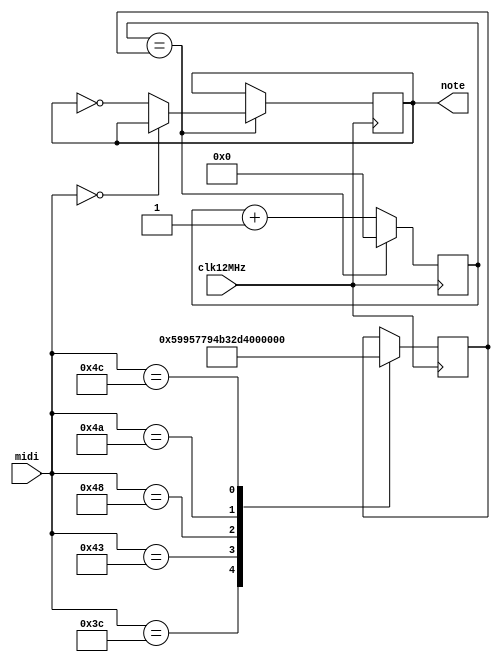
/*
 *  
 *  Copyright(C) 2018 Gerald Coe, Devantech Ltd <gerry@devantech.co.uk>
 * 
 *  Permission to use, copy, modify, and/or distribute this software for any purpose with or
 *  without fee is hereby granted, provided that the above copyright notice and 
 *  this permission notice appear in all copies.
 * 
 *  THE SOFTWARE IS PROVIDED "AS IS" AND THE AUTHOR DISCLAIMS ALL WARRANTIES WITH REGARD TO
 *  THIS SOFTWARE INCLUDING ALL IMPLIED WARRANTIES OF MERCHANTABILITY AND FITNESS. 
 *  IN NO EVENT SHALL THE AUTHOR BE LIABLE FOR ANY SPECIAL, DIRECT, INDIRECT, OR CONSEQUENTIAL 
 *  DAMAGES OR ANY DAMAGES WHATSOEVER RESULTING FROM LOSS OF USE, DATA OR PROFITS, WHETHER IN
 *  AN ACTION OF CONTRACT, NEGLIGENCE OR OTHER TORTIOUS ACTION, ARISING OUT OF OR IN 
 *  CONNECTION WITH THE USE OR PERFORMANCE OF THIS SOFTWARE.
 * 
 */
 
// LedScan takes the four led columns as inputs and outputs them to the led matrix

module Music (
	input clk12MHz, 
	input [7:0] midi,		
	output reg note
	);

	reg [14:0] notetime;		// = 22933;

// Timer register */
    reg [14:0] timer = 15'b0;
	
// increment the note timer
    always @ (posedge clk12MHz) begin
    	if (timer==notetime) begin
    		timer <= 15'b0;
    		if(midi[7:0]==0) note <= note;
    		else note <= !note;
    		end
    	else timer <= timer + 1;
    end


	always @ (posedge clk12MHz) begin
		notetime <= notetime;
		case (midi[7:0])
			8'd60: notetime <= 22933;	// C  C4
			8'd67: notetime <= 15306;	// G  G4
			8'd72: notetime <= 11467;	// c  C5
			8'd74: notetime <= 10216;	// d  D5
			8'd76: notetime <= 9101;	// e  E5
		endcase
	end
	
endmodule



module CloseEncounters (
	input clkNote, 
	input key,
	output reg [7:0] midi
	);	

	reg [2:0] state = 3'b000;
	
	always @ (posedge clkNote) begin
		case (state)
			3'b000:	
				begin
					midi[7:0] <= 0;
					if(key==0) state <= 3'b001;
					else state <= 3'b000;
				end
			3'b001:
				begin
					midi[7:0] <= 74;
					state <= 3'b010;					
				end
			3'b010:
				begin
					midi[7:0] <= 76;
					state <= 3'b011;					
				end
			3'b011:
				begin
					midi[7:0] <= 72;
					state <= 3'b100;					
				end
			3'b100:
				begin
					midi[7:0] <= 60;
					state <= 3'b101;					
				end
			3'b101:
				begin
					midi[7:0] <= 67;
					state <= 3'b110;					
				end
			3'b110:
				begin
					midi[7:0] <= 67;
					state <= 3'b000;					
				end
		endcase
	end
	
endmodule